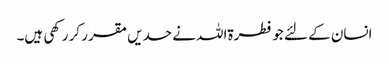
انسان کے لئے جو فطرۃاللہ نے حدیں مقرر کر رکھی ہیں۔